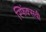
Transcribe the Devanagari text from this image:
स्फिंक्सची